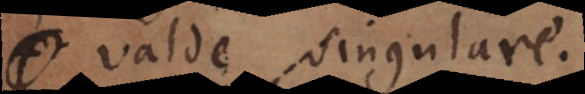
valde singulare.